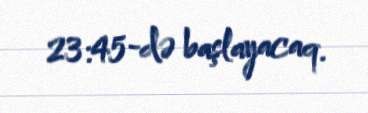
23:45-də başlayacaq.